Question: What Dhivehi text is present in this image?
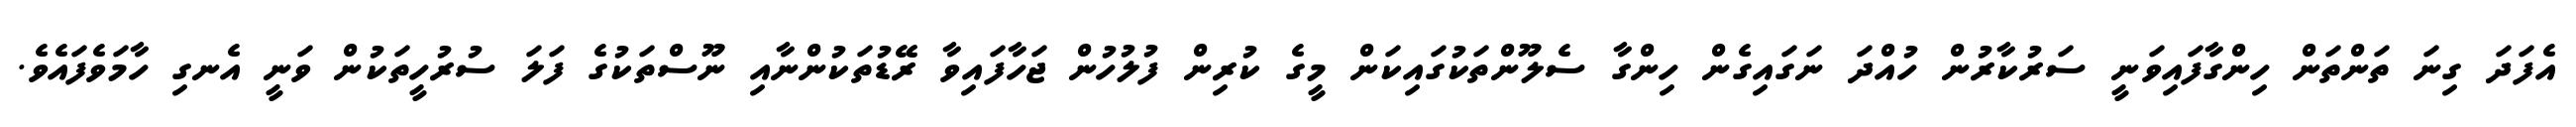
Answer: އެފަދަ ގިނަ ތަންތަން ހިންގާފައިވަނީ ސަރުކާރުން ހުއްދަ ނަގައިގެން ހިންގާ ސެލޫންތަކުގައިކަން މީގެ ކުރިން ފުލުހުން ޖަހާފައިވާ ރޭޑުތަކުންނާއި ނޫސްތަކުގެ ފަލަ ސުރުހީތަކުން ވަނީ އެނގި ހާމަވެފައެވެ.